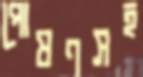
পোষণসহ